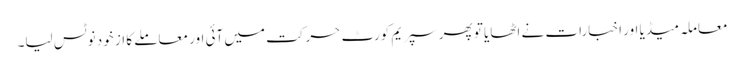
معاملہ میڈیا اور اخبارات نے اٹھایا تو پھر سپریم کورٹ حرکت میں آئی اور معاملے کا از خود نوٹس لیا۔